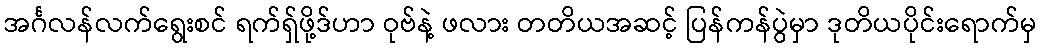
အင်္ဂလန်လက်ရွေးစင် ရက်ရှ်ဖို့ဒ်ဟာ ဝုဗ်နဲ့ ဖလား တတိယအဆင့် ပြန်ကန်ပွဲမှာ ဒုတိယပိုင်းရောက်မှ